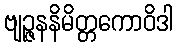
ဗျဉ္ဇနနိမိတ္တကောဝိဒါ